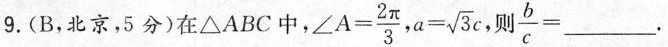
9.(B，北京，5分)在△ABC中，$$∠ A = \frac { 2 π } { 3 }$$ ，$$a = \sqrt { 3 } c$$ ，$$ \frac { b } { c } = ___$$.